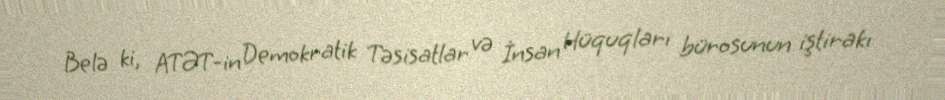
Belə ki, ATƏT-in Demokratik Təsisatlar və İnsan Hüquqları bürosunun iştirakı